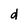
Character: d